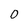
Character: O